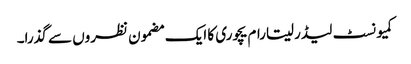
کمیونسٹ لیڈر سیتارام یچوری کا ایک مضمون نظروں سے گذرا۔